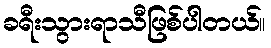
ခရီးသွားရာသီဖြစ်ပါတယ်။